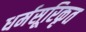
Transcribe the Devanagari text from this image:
धर्मसूरिकृत